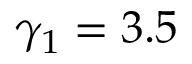
\gamma _ { 1 } = 3 . 5